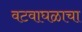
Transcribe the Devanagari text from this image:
वटवाघळाचा